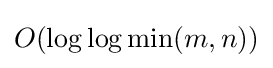
O(\log \log \min(m,n))